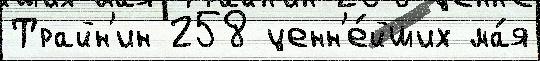
Трайн'ин 258 ценн'е́йших ма́я